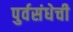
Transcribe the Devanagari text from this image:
पुर्वसंधेची